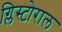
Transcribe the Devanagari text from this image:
ग्लिस्टोराल